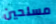
مسلحين